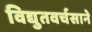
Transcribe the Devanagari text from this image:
विद्युतवर्चसाने